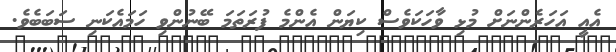
އެއީ އަހަރެންނަށް މުޅި ވާހަކަވެސް ކިޔަން އެންމެ ފުރަތަމަ ބޭނުންވި ހަމައެކަނި ސަބަބެވެ.